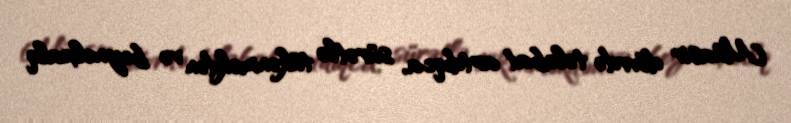
Müasir dövrdə tələbat artdıqca, sürətlə tükənməkdən və beynəlxalq